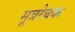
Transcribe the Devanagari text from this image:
मूत्ररेचक